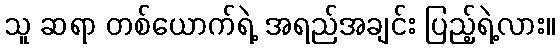
သူ ဆရာ တစ်ယောက်ရဲ့ အရည်အချင်း ပြည့်ရဲ့လား။